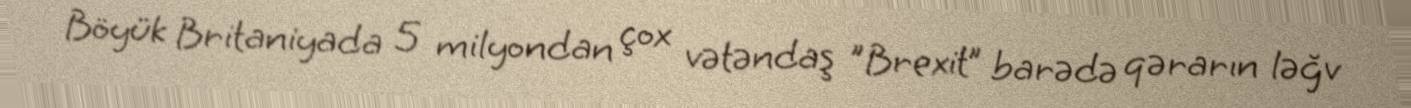
Böyük Britaniyada 5 milyondan çox vətəndaş "Brexit” barədə qərarın ləğv